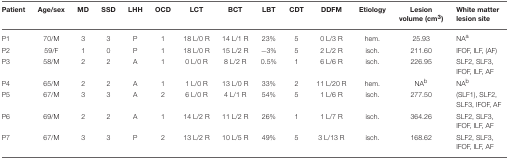
<table><thead><tr><td><b>Patient</b></td><td><b>Age/sex</b></td><td><b>MD</b></td><td><b>SSD</b></td><td><b>LHH</b></td><td><b>OCD</b></td><td><b>LCT</b></td><td><b>BCT</b></td><td><b>LBT</b></td><td><b>CDT</b></td><td><b>DDFM</b></td><td><b>Etiology</b></td><td><b>Lesion volume (cm<sup>3</sup>)</b></td><td><b>White matter lesion site</b></td></tr></thead><tbody><tr><td>P1</td><td>70/M</td><td>3</td><td>3</td><td>P</td><td>1</td><td>18 L/0 R</td><td>14 L/1 R</td><td>23%</td><td>5</td><td>0 L/3 R</td><td>hem.</td><td>25.93</td><td>NA<sup>a</sup></td></tr><tr><td>P2</td><td>59/F</td><td>1</td><td>0</td><td>P</td><td>1</td><td>18 L/0 R</td><td>15 L/2 R</td><td>−3%</td><td>5</td><td>2 L/2 R</td><td>isch.</td><td>211.60</td><td>IFOF, ILF, (AF)</td></tr><tr><td>P3</td><td>58/M</td><td>2</td><td>2</td><td>A</td><td>1</td><td>0 L/0 R</td><td>8 L/2 R</td><td>0.5%</td><td>1</td><td>6 L/6 R</td><td>isch.</td><td>226.95</td><td>SLF2, SLF3, IFOF, ILF, AF</td></tr><tr><td>P4</td><td>65/M</td><td>2</td><td>2</td><td>A</td><td>1</td><td>1 L/0 R</td><td>13 L/0 R</td><td>33%</td><td>2</td><td>11 L/20 R</td><td>hem.</td><td>NA<sup>b</sup></td><td>NA<sup>b</sup></td></tr><tr><td>P5</td><td>67/M</td><td>3</td><td>3</td><td>A</td><td>2</td><td>6 L/0 R</td><td>4 L/1 R</td><td>54%</td><td>5</td><td>1 L/6 R</td><td>isch.</td><td>277.50</td><td>(SLF1), SLF2, SLF3, IFOF, AF</td></tr><tr><td>P6</td><td>69/M</td><td>2</td><td>2</td><td>A</td><td>1</td><td>14 L/2 R</td><td>11 L/2 R</td><td>26%</td><td>1</td><td>1 L/7 R</td><td>isch.</td><td>364.26</td><td>SLF2, SLF3, IFOF, ILF, AF</td></tr><tr><td>P7</td><td>67/M</td><td>3</td><td>3</td><td>P</td><td>2</td><td>13 L/2 R</td><td>10 L/5 R</td><td>49%</td><td>5</td><td>3 L/13 R</td><td>isch.</td><td>168.62</td><td>SLF2, SLF3, IFOF, ILF, AF</td></tr></tbody></table>